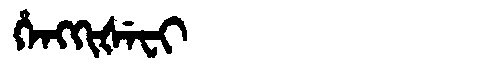
Manchu: ᡥᡝᠩᡴᡳᡧᡝᠸᡳ
Romanization: HENGKIŠEFI